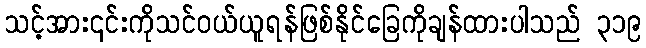
သင့်အား၎င်းကိုသင်ဝယ်ယူရန်ဖြစ်နိုင်ခြေကိုချန်ထားပါသည် ၃၁၉